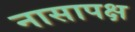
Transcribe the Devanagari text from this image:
नासापक्ष